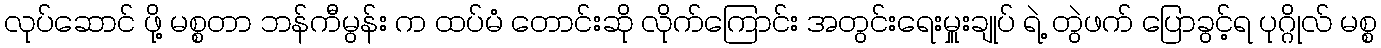
လုပ်ဆောင် ဖို့ မစ္စတာ ဘန်ကီမွန်း က ထပ်မံ တောင်းဆို လိုက်ကြောင်း အတွင်းရေးမှူးချုပ် ရဲ့ တွဲဖက် ပြောခွင့်ရ ပုဂ္ဂိုလ် မစ္စ